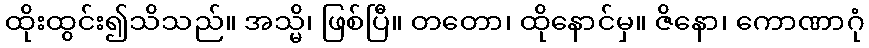
ထိုးထွင်း၍သိသည်။ အသ္မိ၊ ဖြစ်ပြီ။ တတော၊ ထိုနောင်မှ။ ဇိနော၊ ကောဏာဂုံ